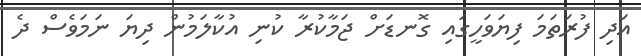
އަދި ފުރަތަމަ ފިޔަވަހީގައި ގޮނޑަށް ޖަމާކުރާ ކުނި އުކާލަމުން ދިޔަ ނަމަވެސް ދެ